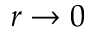
r \to 0